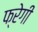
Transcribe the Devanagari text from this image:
फ्रेगी